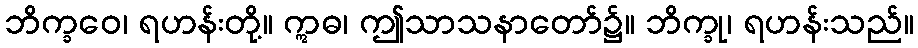
ဘိက္ခဝေ၊ ရဟန်းတို့။ ဣဓ၊ ဤသာသနာတော်၌။ ဘိက္ခု၊ ရဟန်းသည်။